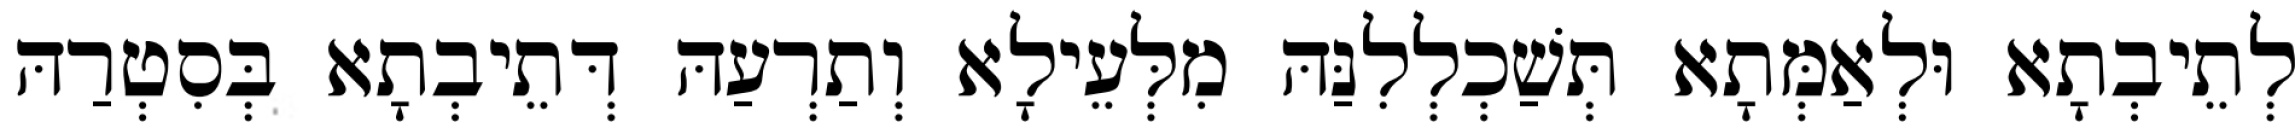
לְתֵיבְתָא וּלְאַמְּתָא תְּשַׁכְלְלִנַּהּ מִלְּעֵילָא וְתַרְעַהּ דְּתֵיבְתָא בְּסִטְרַהּ